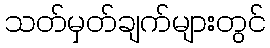
သတ်မှတ်ချက်များတွင်